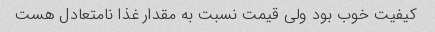
کیفیت خوب بود ولی قیمت نسبت به مقدار غذا نامتعادل هست